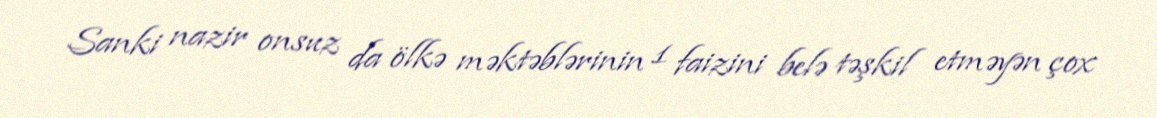
Sanki nazir onsuz da ölkə məktəblərinin 1 faizini belə təşkil etməyən çox